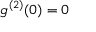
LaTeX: g ^ { ( 2 ) } ( 0 ) = 0